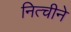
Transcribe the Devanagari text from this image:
नित्चीने